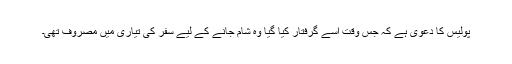
پولیس کا دعویٰ ہے کہ جس وقت اسے گرفتار کیا گیا وہ شام جانے کے لیے سفر کی تیاری میں مصروف تھی۔